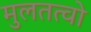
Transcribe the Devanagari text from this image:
मुलतत्वो